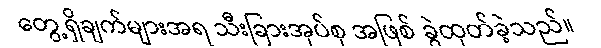
တွေ့ရှိချက်များအရ သီးခြားအုပ်စု အဖြစ် ခွဲထုတ်ခဲ့သည်။